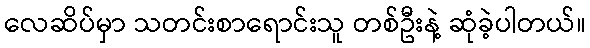
လေဆိပ်မှာ သတင်းစာရောင်းသူ တစ်ဦးနဲ့ ဆုံခဲ့ပါတယ်။